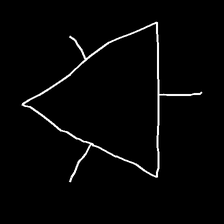
Glyph: fire